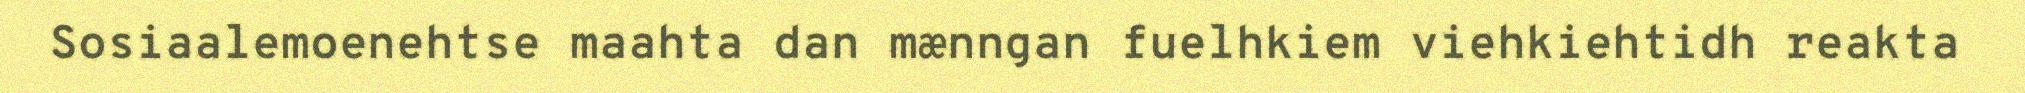
Sosiaalemoenehtse maahta dan mænngan fuelhkiem viehkiehtidh reakta